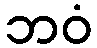
ဘဝံ